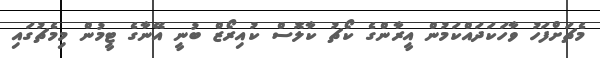
މެޗަށްފަހު ވާހަކަދައްކަމުން އީރާންގެ ކޯޗު ކާލޮސް ކުއިރޯޒް ބުނީ އޭނާގެ ޓީމުން މިމެޗުގައި